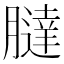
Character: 𦡯